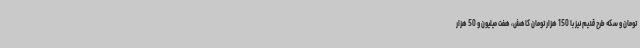
تومان و سکه طرح قدیم نیز با 150 هزار تومان کاهش، هفت میلیون و 50 هزار